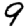
Digit: 9